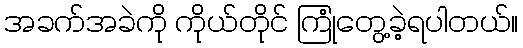
အခက်အခဲကို ကိုယ်တိုင် ကြုံတွေ့ခဲ့ရပါတယ်။